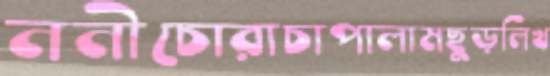
ননীচোরাচাপালামছুড়লিখ